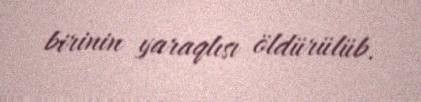
birinin yaraqlısı öldürülüb.